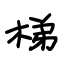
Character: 梯